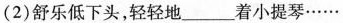
(2)舒乐低下头，轻轻地___着小提琴······